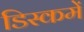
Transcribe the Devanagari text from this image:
डिस्कमें